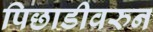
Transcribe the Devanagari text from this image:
पिछाडीवरुन